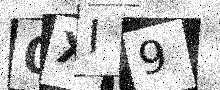
Text: 0XI9